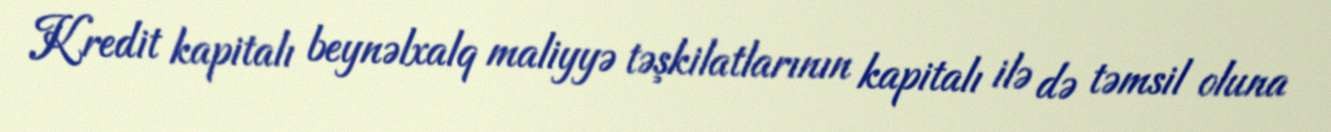
Kredit kapitalı beynəlxalq maliyyə təşkilatlarının kapitalı ilə də təmsil oluna